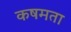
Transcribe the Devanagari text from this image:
कषमता